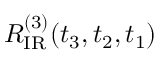
R _ { \mathrm { I R } } ^ { ( 3 ) } ( t _ { 3 } , t _ { 2 } , t _ { 1 } )